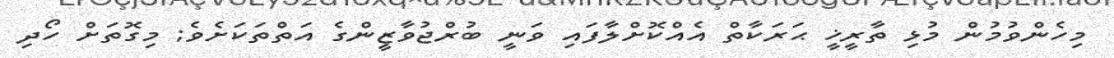
މިހެންވުމުން މުޅި ތާރީޚީ ޙަރަކާތް އެއްކޮށްލާފައި ވަނީ ބުރްޖުވާޒީންގެ އަތްތަކަށެވެ; މިގޮތަށް ހޯދި